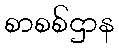
စာစစ်ဌာန